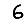
Digit: 6